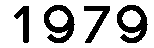
1979